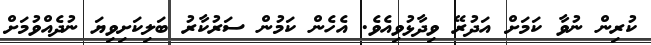
ކުރިން ނުވާ ކަމަށް އަދުރޭ ވިދާޅުވިއެވެ. އެހެން ކަމުން ސަރުކާރު ބަލިކަށިވިޔަ ނުދެއްވުމަށް